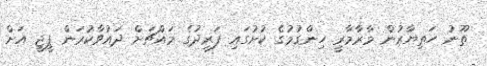
ތޫނު ހަތިޔާރުން މާރާމާރީ ހިންގުމުގެ ކުށުގައި ފަރީދުގެ މައްޗަށް ދައުވާކުރަން ޕީޖީ އަށް